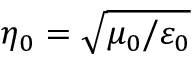
\eta _ { 0 } = \sqrt { \mu _ { 0 } / \varepsilon _ { 0 } }